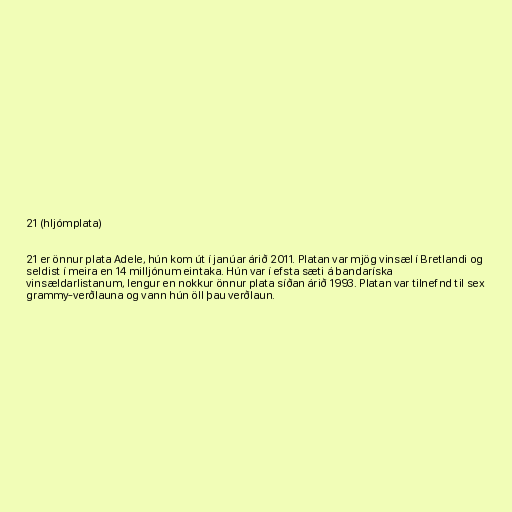
21 (hljómplata)

21 er önnur plata Adele, hún kom út í janúar árið 2011. Platan var mjög vinsæl í Bretlandi og
seldist í meira en 14 milljónum eintaka. Hún var í efsta sæti á bandaríska
vinsældarlistanum, lengur en nokkur önnur plata síðan árið 1993. Platan var tilnefnd til sex
grammy-verðlauna og vann hún öll þau verðlaun.